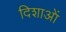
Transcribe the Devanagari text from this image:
दिशाआें